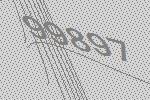
99897